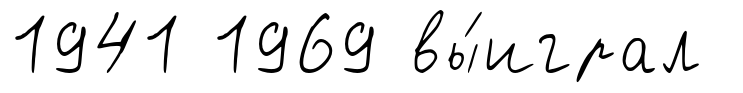
1941 1969 вы́играл